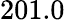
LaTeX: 201.0